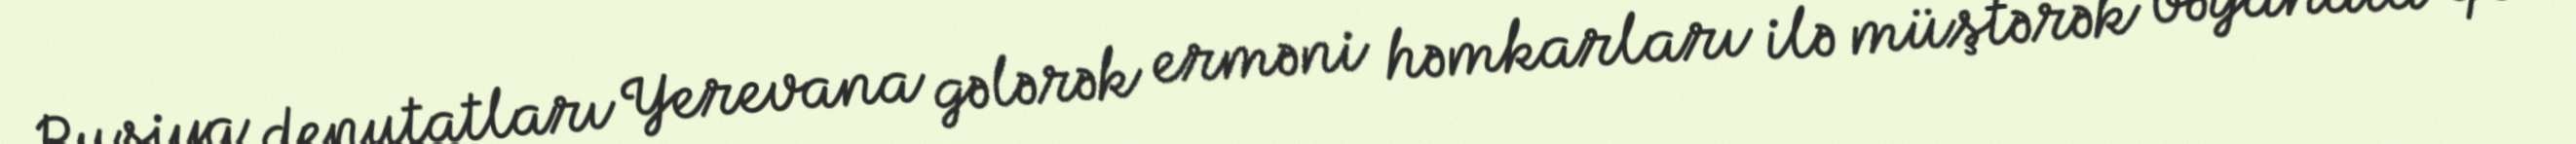
Rusiya deputatları Yerevana gələrək erməni həmkarları ilə müştərək bəyanata qol